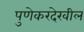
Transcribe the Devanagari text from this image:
पुणेकरदेखील